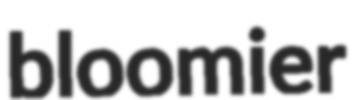
bloomier